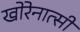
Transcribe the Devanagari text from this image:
खोरेनात्सी